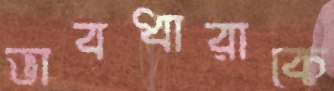
ভাবধারাকে